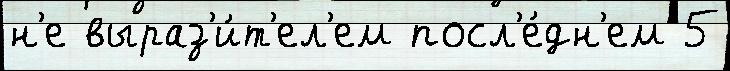
н'е выраз'и́т'ел'ем посл'е́дн'ем 5